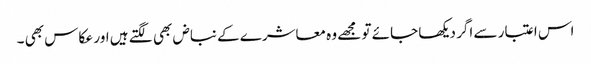
اس اعتبار سے اگر دیکھا جائے تو مجھے وہ معاشرے کے نباض بھی لگتے ہیں اور عکاس بھی ۔